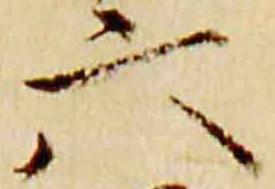
六